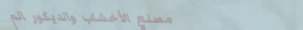
مصنع الأخشاب والديكور الم